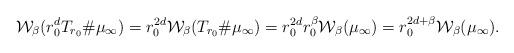
LaTeX: \begin{align*}\mathcal{W}_\beta(r_0^{d} T_{r_0}\#\mu_\infty)=r_0^{2d}\mathcal{W}_\beta(T_{r_0}\#\mu_\infty)=r_0^{2d}r_0^\beta\mathcal{W}_\beta(\mu_\infty)=r_0^{2d+\beta}\mathcal{W}_\beta(\mu_\infty).\end{align*}